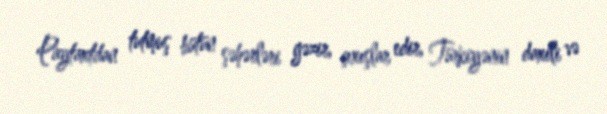
Paytaxtdan tutmuş bütün şəhərləri gəzir, çıxışlar edir, Türkiyənin daxili və